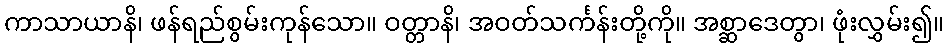
ကာသာယာနိ၊ ဖန်ရည်စွမ်းကုန်သော။ ဝတ္တာနိ၊ အဝတ်သင်္ကန်းတို့ကို။ အစ္ဆာဒေတွာ၊ ဖုံးလွှမ်း၍။